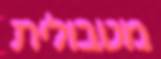
מטבולית